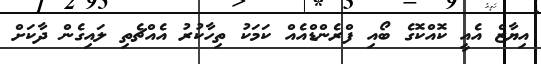
އިޔާޒް އެއީ ކޮއްކޮގެ ބޯއި ފްރެންޑްއެއް ކަމަކު ތިހާކުރު އެއްޗެތި ލައިގެން ދާކަށް